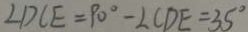
\angle D C E = 9 0 ^ { \circ } - \angle C D E = 3 5 ^ { \circ }